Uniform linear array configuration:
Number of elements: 64
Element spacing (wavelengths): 0.25
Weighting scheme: binomial
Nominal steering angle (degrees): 45
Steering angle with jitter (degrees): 43.794
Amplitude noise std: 0.05
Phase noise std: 0.05

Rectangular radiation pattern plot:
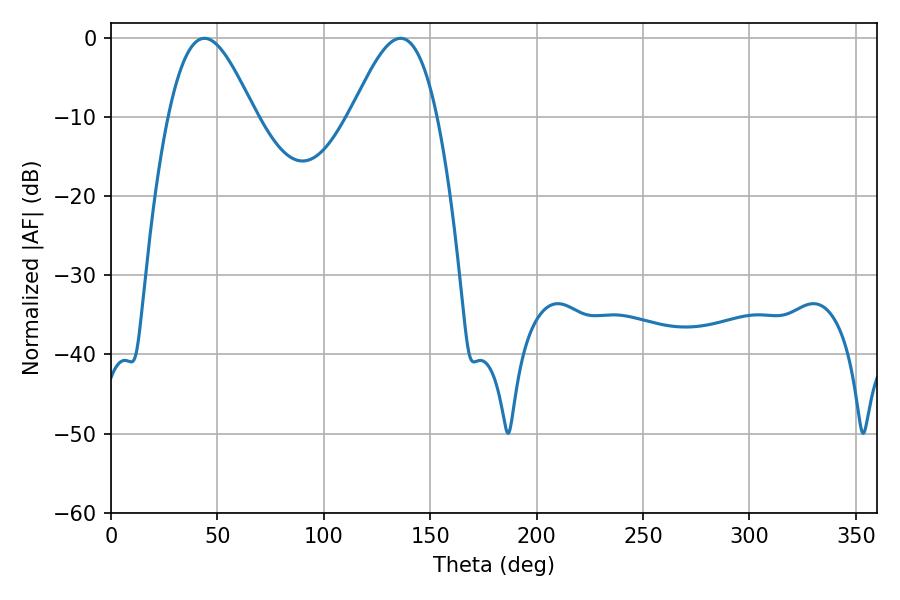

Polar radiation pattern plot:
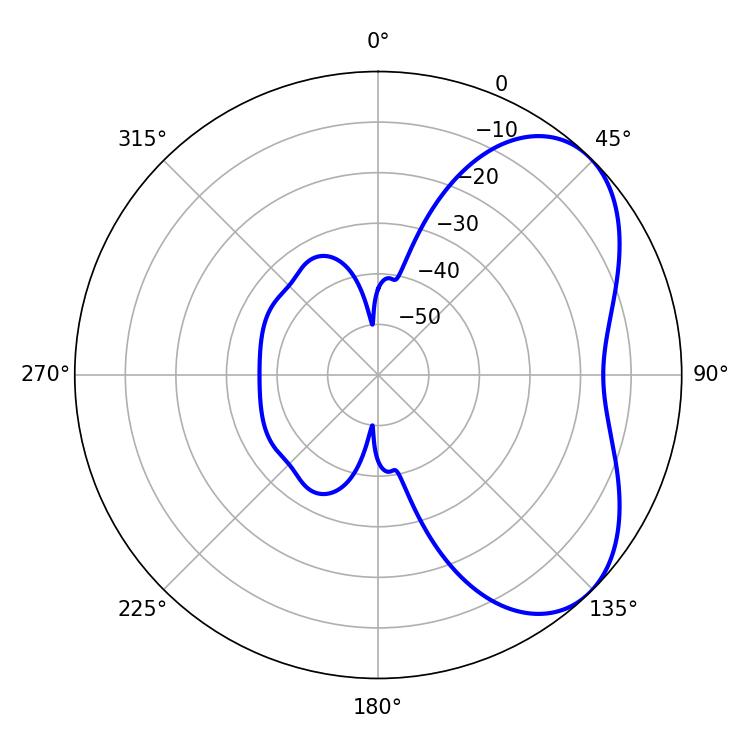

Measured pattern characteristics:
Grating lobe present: FALSE
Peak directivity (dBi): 5.154
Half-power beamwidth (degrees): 21.6
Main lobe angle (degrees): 43.92